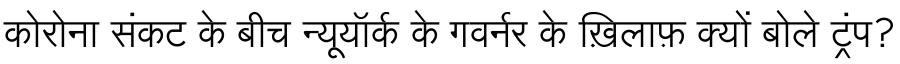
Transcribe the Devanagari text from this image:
कोरोना संकट के बीच न्यूयॉर्क के गवर्नर के ख़िलाफ़ क्यों बोले ट्रंप?